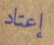
إعتاد